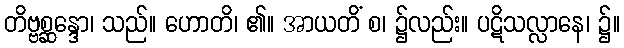
တိဗ္ဗစ္ဆန္ဒော၊ သည်။ ဟောတိ၊ ၏။ အာယတိံ စ၊ ၌လည်း။ ပဋိသလ္လာနေ၊ ၌။